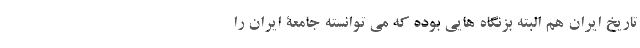
تاریخ ایران هم البته بزنگاه هایی بوده که می توانسته جامعۀ ایران را